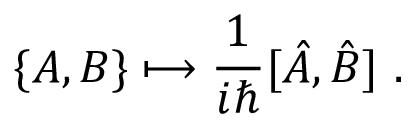
\{ A , B \} \longmapsto { \frac { 1 } { i \hbar } } [ { \hat { A } } , { \hat { B } } ] ~ .